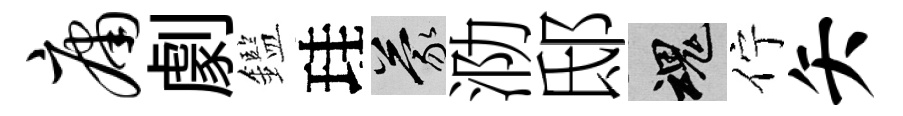
庸劇鑑珪蒙泐邸魂佇矢